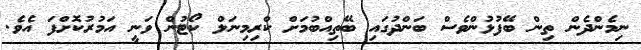
ނިމެންދެން ތިން ބޭފުޅުންވެސް ބަންދުގައި ބޭތިއްބުމަށް ކްރިމިނަލް ކޯޓުން ވަނީ އަމުރުކޮށްފަ އެވެ.